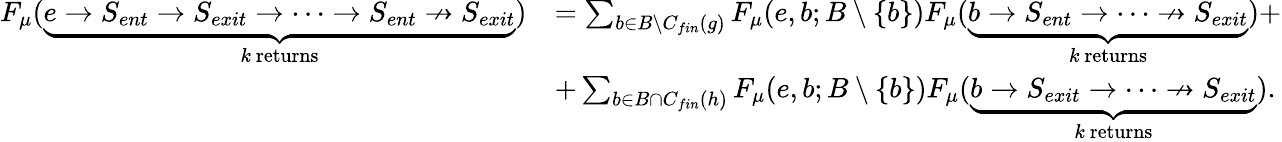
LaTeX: \begin{array}{rl}{F_{\mu}(\underbrace{e\rightarrow S_{ent}\rightarrow S_{exit}\rightarrow\dots\rightarrow S_{ent}\nrightarrow S_{exit}}_{k\mathrm{~returns}})}&{=\sum_{b\in B\setminus C_{fin}(g)}F_{\mu}(e,b;B\setminus\{ b\} )F_{\mu}(\underbrace{b\rightarrow S_{ent}\rightarrow\dots\nrightarrow S_{exit}}_{k\mathrm{~returns}})+}\\ &{+\sum_{b\in B\cap C_{fin}(h)}F_{\mu}(e,b;B\setminus\{ b\} )F_{\mu}(\underbrace{b\rightarrow S_{exit}\rightarrow\dots\nrightarrow S_{exit}}_{k\mathrm{~returns}}).}\end{array}